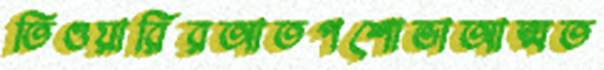
তিওয়ারিরআতপশোভাআত্মত